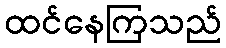
ထင်နေကြသည်